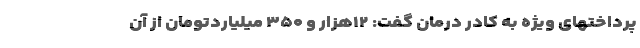
پرداختهای ویژه به کادر درمان گفت: ۱۲هزار و ۳۵۰ میلیاردتومان از آن